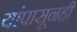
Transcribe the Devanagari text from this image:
यांपासूनही